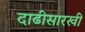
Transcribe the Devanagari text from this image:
दाढीसारखी